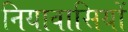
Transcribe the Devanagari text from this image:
नियावासियों